Leaving Certificate Examination, 1922
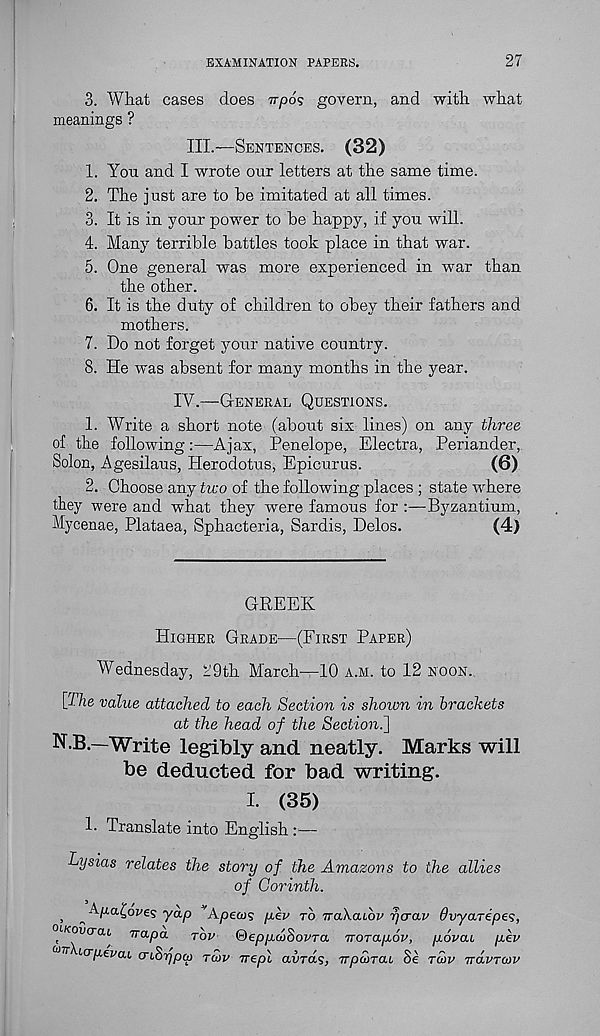
EXAMINATION PAPERS.
27
3.
What cases does irpos govern, an
meanings ?
III.—SENTENCES. (32)
1. You and I wrote our letters at the same time.
2. The just are to be imitated at all times.
3. It is in your power to be happy, if you will.
4. Many terrible battles took place in that war.
5. One general was more experienced in war than
the other.
6. It is the duty of children to obey their fathers and
mothers.
7. Do not forget your native country.
8. He was absent for many months in the year.
IV.—GENERAL QUESTIONS.
1. Write a short note (about six lines) on any three
of the following:—Ajax, Penelope, Electra, Periander,.
Solon, Agesilaus, Herodotus, Epicurus.
(6)
2. Choose any tico of the following places ; state where
they were and what they were famous for :—Byzantium,
Mycenae, Plataea, Sphacteria, Sardis, Delos.
(4)
GREEK
HIGHER GRADE—(FIRST PAPER)
Wednesday, 29th March—10 A.M. to 12 NOON.
{The value attached to each Section is shown in brackets
at the head of the Section.{\
N.B.—Write legibly and neatly. Marks will
be deducted for bad writing.
I. (35)
1. Translate into English :—
Lysias relates the story of the Amazons to the allies
of Corinth.
,
yap *Ape<Ds pev TO vaXaiov rjcrav Ovyarepes,
oi/coacrcu vapa
rbv ®eppd>SovTa iroTapov, povaL pev
v t-crpevai, cn^ypcp jutv -rrepl avras, TTpcorat Se ru>v wavTcav